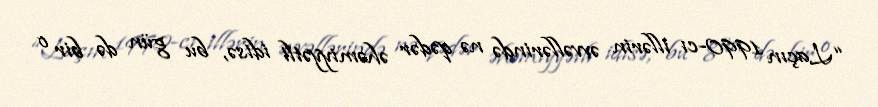
“Laçın 1990-cı illərin əvvəllərində nə qədər əhəmiyyətli idisə, bu gün də bir o